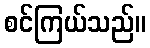
စင်ကြယ်သည်။